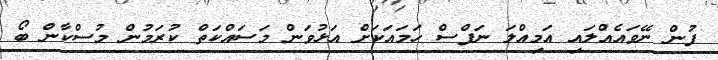
ފުން ނޭވައެއްލައި އަމިއްލަ ނަފްސް ހަމައަކަށް އަޅުވަން މަސައްކަތް ކުރަމުން މުސްކާން ބޯ